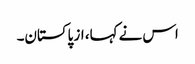
اس نے کہا، از پاکستان۔